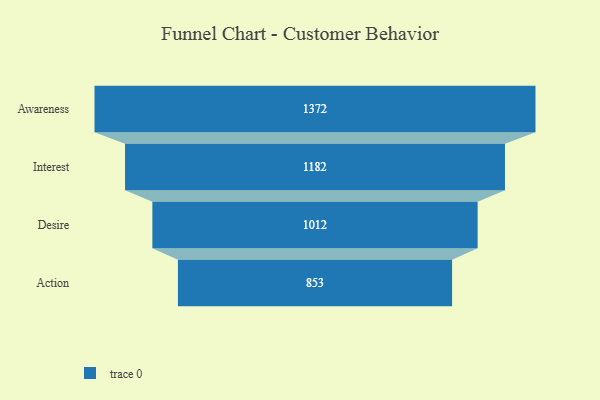
{"axis": {"x": "Stage", "y": "Value"}, "legend": [""], "data": [{"x": "Awareness", "y": 1372.0, "type": ""}, {"x": "Interest", "y": 1182.0, "type": ""}, {"x": "Desire", "y": 1012.0, "type": ""}, {"x": "Action", "y": 853.0, "type": ""}]}